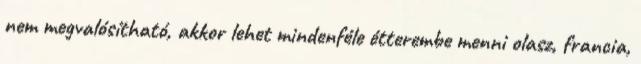
nem megvalósítható, akkor lehet mindenféle étterembe menni olasz, francia,